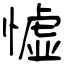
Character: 憈